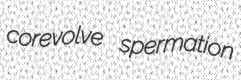
corevolve spermation